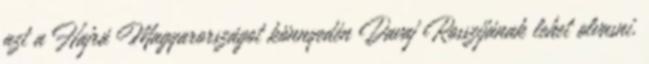
azt a Hajrá Magyarországot könnyedén Davaj Rosszijának lehet olvasni,